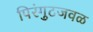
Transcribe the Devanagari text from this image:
पिरंगुटजवळ